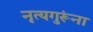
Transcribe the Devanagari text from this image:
नृत्यगुरूंना